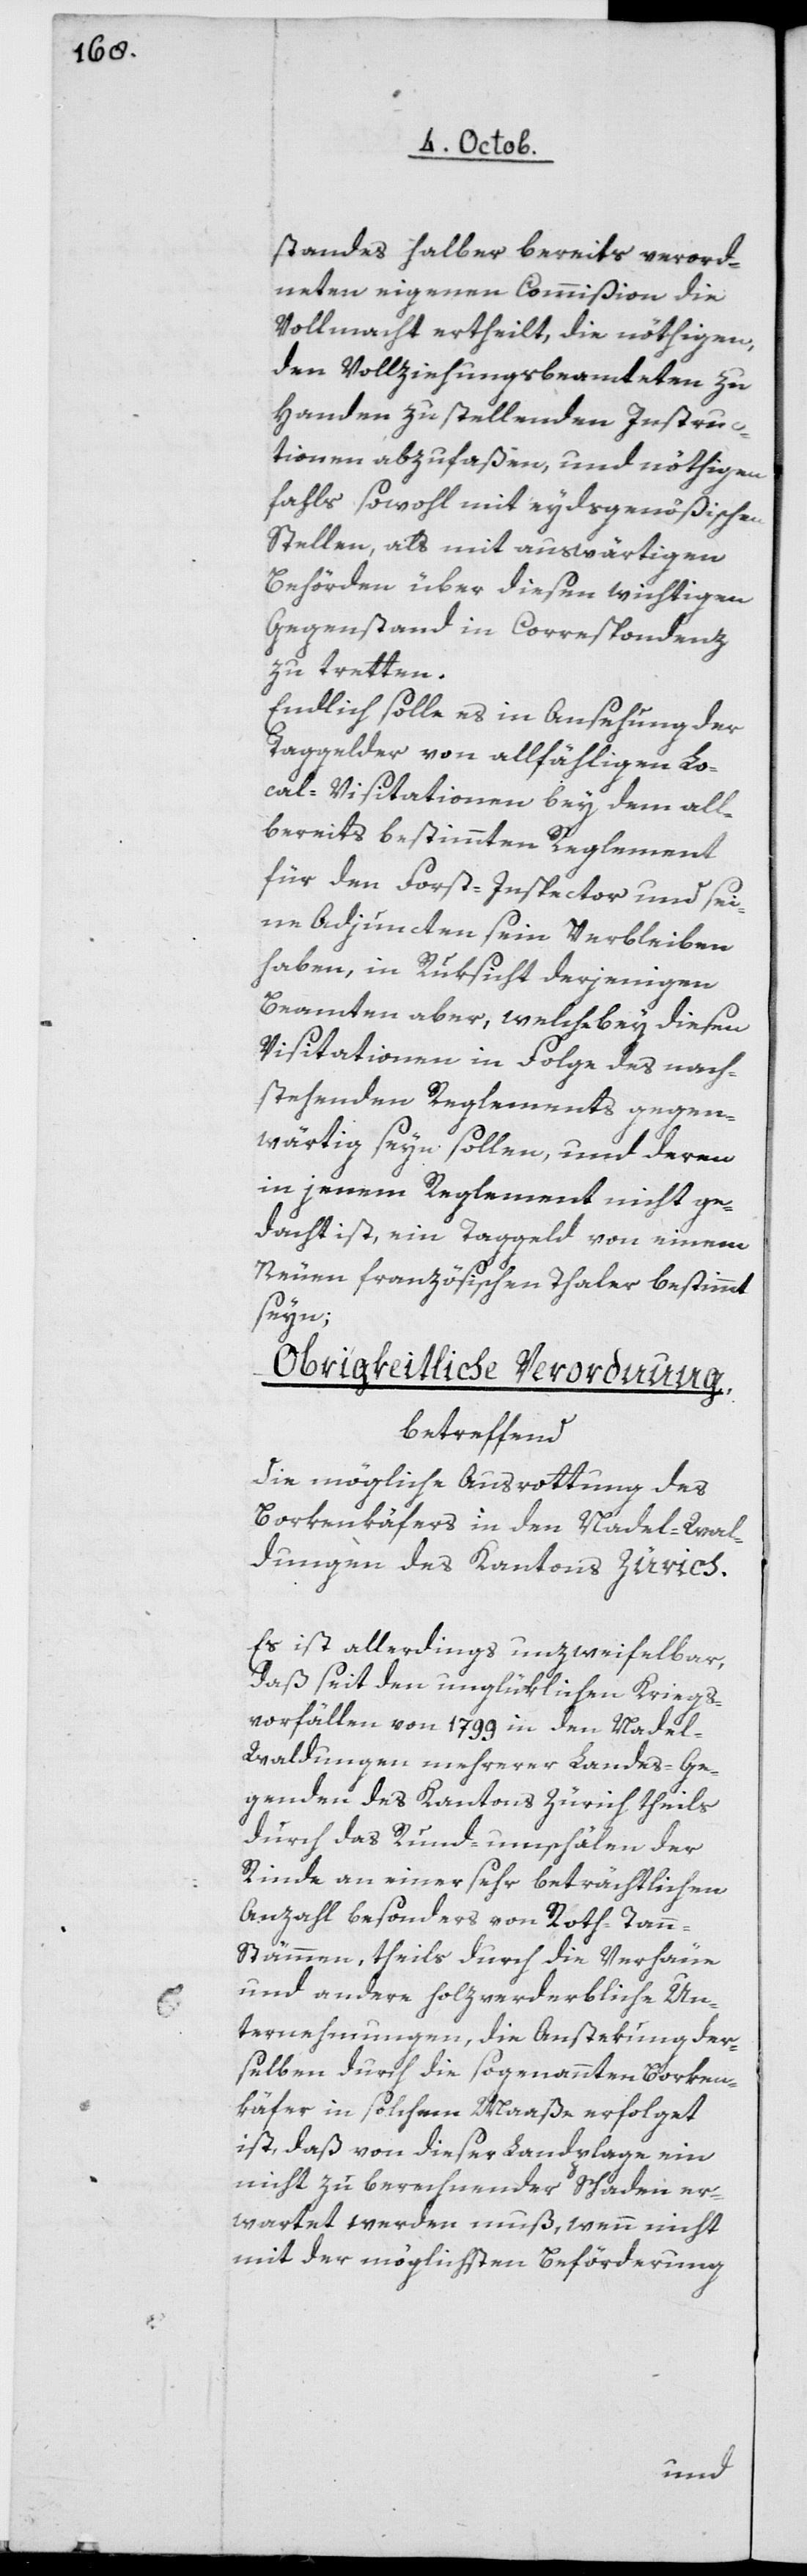
standes halber bereits verord¬
neten eigenen Commißion die
Vollmacht ertheilt, die nöthigen,
den Vollziehungsbeamteten zu
Handen zu stellenden Instru¬
ctionen abzufaßen, und nöthigen
falls sowohl mit eydsgenößischen
Stellen, als mit auswärtigen
Behörden über diesen wichtigen
Gegenstand in Correspondenz
zu tretten.
Endlich solle es in Ansehung der
Taggelder von allfälligen Lo¬
cal-Visitationen bey dem all¬
bereits bestimmten Reglement
für den Forst-Inspector und sei¬
nen Adjuncten sein Verbleiben
haben, in Rüksicht derjenigen
Beamten aber, welche bey diesen
Visitationen in Folge des nach¬
stehenden Reglements gegen¬
wärtig seyn sollen, und deren
in jenem Reglement nicht ge¬
dacht ist, ein Taggeld von einem
Neuen Französischen Thaler bestimmt
seyn.
Obrigkeitliche Verordnung,
betreffend
die mögliche Ausrottung des
Borkenkäfers in den Nadel-Wal¬
dungen des Kantons Zürich.
Es ist allerdings unzweifelbar,
daß seit den unglücklichen Kriegs¬
vorfällen von 1799 in den Nadel-W¬
aldungen mehrerer Landesge¬
genden des Kantons Zürich theils
durch das Rundumschälen der
Rinde an einer sehr beträchtlichen
Anzahl, besonders von Roth-Tan¬
n-Stämmen, theils durch die Verhäue
und andere holzverderbliche Un¬
ternehmungen, die Anstekung der¬
selben durch die sogenannten Borken¬
käfer in solchem Maaße erfolget
ist, daß von dieser Landplage ein
nicht zu berechnender Schaden er¬
wartet werden muß, wenn nicht
mit der möglichsten Beförderung